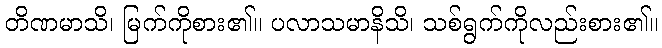
တိဏမာသိ၊ မြက်ကိုစား၏။ ပလာသမာနိသိ၊ သစ်ရွက်ကိုလည်းစား၏။